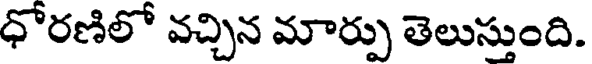
ధోరణిలో వచ్చిన మార్పు తెలుస్తుంది.